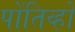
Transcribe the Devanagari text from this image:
पोंतिव्हो